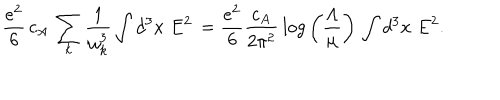
{ \frac { e ^ { 2 } } { 6 } } \, c _ { A } \, \sum _ { k } { \frac { 1 } { \omega _ { k } ^ { 3 } } } \int d ^ { 3 } x \; E ^ { 2 } \, = { \frac { e ^ { 2 } } { 6 } } { \frac { c _ { A } } { 2 \pi ^ { 2 } } } \, l o g \left( { \frac { \Lambda } { \mu } } \right) \, \int d ^ { 3 } x \; E ^ { 2 } .